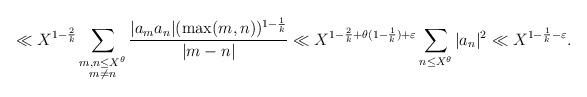
LaTeX: \begin{align*} \ll X^{1-\frac{2}{k}} \sum_{\substack{m,n \le X^{\theta} \\ m \ne n}} \frac{|a_m a_n| (\max(m,n))^{1-\frac1k}}{|m - n|} \ll X^{1-\frac{2}{k}+\theta(1-\frac1k)+\varepsilon} \sum_{n \le X^{\theta}} |a_n|^2 \ll X^{1-\frac1k-\varepsilon}.\end{align*}